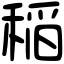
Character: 稲